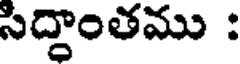
సిద్ధాంతము :